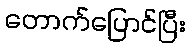
တောက်ပြောင်ပြီး